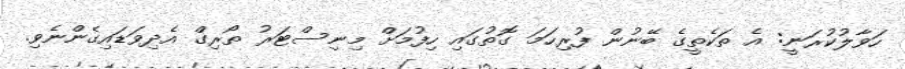
ހަވާލުކުރަނީ: އެ ތަކެތީގެ ބޭނުން ފުރިހަމަ ގޮތުގައި ހިފުމަށް މިނިސްޓަރު ތޯރިގް އެދިވަޑައިގެންނެވި.